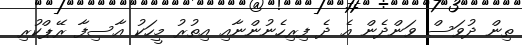
ތިން ދުވަސް ވަންދެން އެ ދެ ފިރިހެނުންނާއި އިތުރު މީހަކު އާސިފާ ރޭޕްކުރި